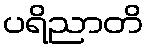
ပရိညာတိ